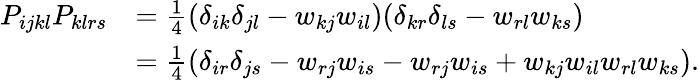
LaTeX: \begin{array}{rl}{P_{ijkl}P_{klrs}}&{=\frac{1}{4}(\delta_{ik}\delta_{jl}-w_{kj}w_{il})(\delta_{kr}\delta_{ls}-w_{rl}w_{ks})}\\ &{=\frac{1}{4}(\delta_{ir}\delta_{js}-w_{rj}w_{is}-w_{rj}w_{is}+w_{kj}w_{il}w_{rl}w_{ks}).}\end{array}